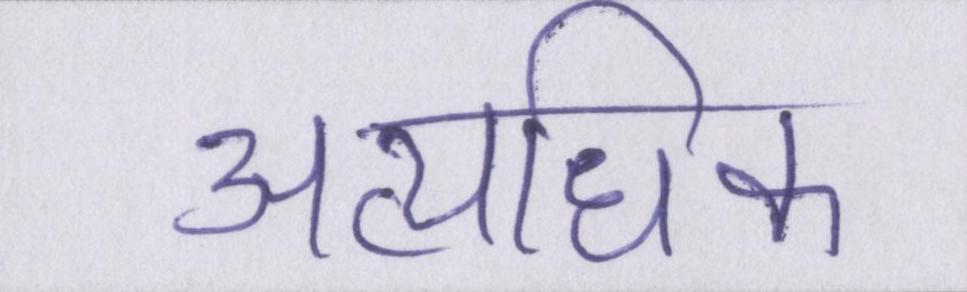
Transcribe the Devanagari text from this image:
अत्यधिक